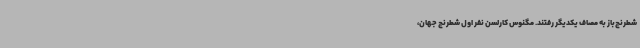
شطرنج‌باز به مصاف یکدیگر رفتند. مگنوس کارلسن نفر اول شطرنج جهان،